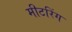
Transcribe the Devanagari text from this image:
मीटरिंग